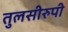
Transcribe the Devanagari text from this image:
तुलसीरुपी